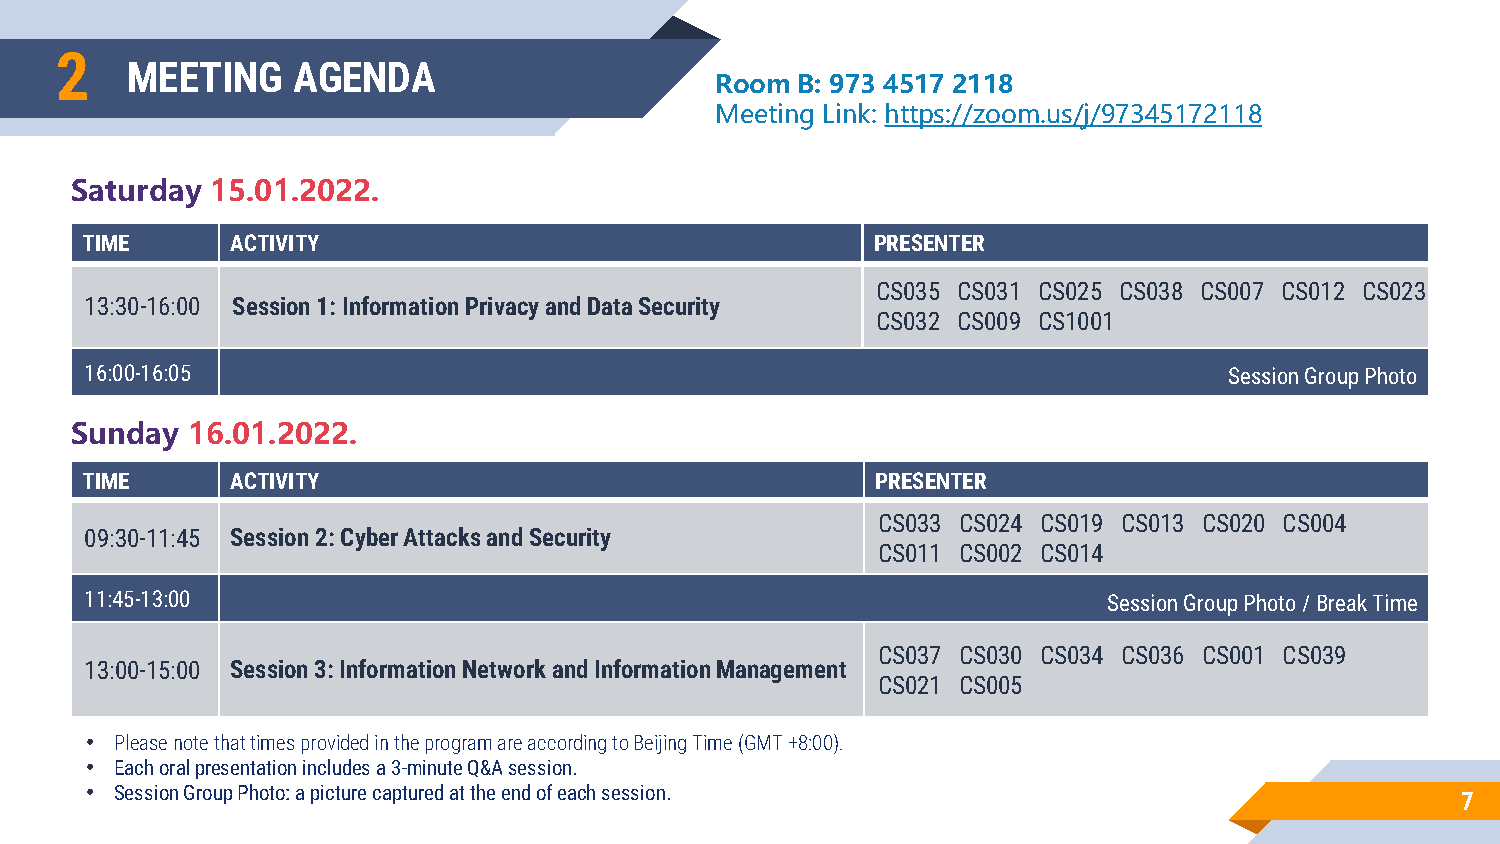
2
 MEETING    AGENDA
 Room  B: 973 4517 2118
 Meeting Link: https://zoom.us/j/97345172118
 Saturday 15.01.2022.
 TIME      ACTIVITY                                   PRESENTER
 CS035 CS031 CS025 CS038 CS007 CS012 CS023
 13:30-16:00 Session 1: Information Privacy and Data Security
 CS032 CS009 CS1001
 16:00-16:05                                                                Session Group Photo
 Sunday 16.01.2022.
 TIME      ACTIVITY                                   PRESENTER
 CS033 CS024 CS019 CS013 CS020 CS004
 09:30-11:45 Session 2:Cyber ​​Attacks and Security
 CS011 CS002 CS014
 11:45-13:00                                                        Session Group Photo / Break Time
 CS037 CS030 CS034 CS036 CS001 CS039
 13:00-15:00 Session 3: Information Network and Information Management
 CS021 CS005
 • Please note that times provided in the program are according to Beijing Time (GMT +8:00).
 • Each oral presentation includes a 3-minute Q&A session.
 • Session Group Photo: a picture captured at the end of each session.                      7